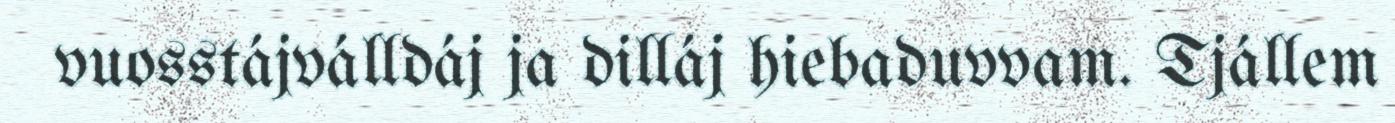
vuosstájválldáj ja dilláj hiebaduvvam. Tjállem